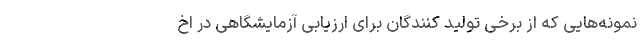
نمونه‌هایی که از برخی تولید کنندگان برای ارزیابی آزمایشگاهی در اخ